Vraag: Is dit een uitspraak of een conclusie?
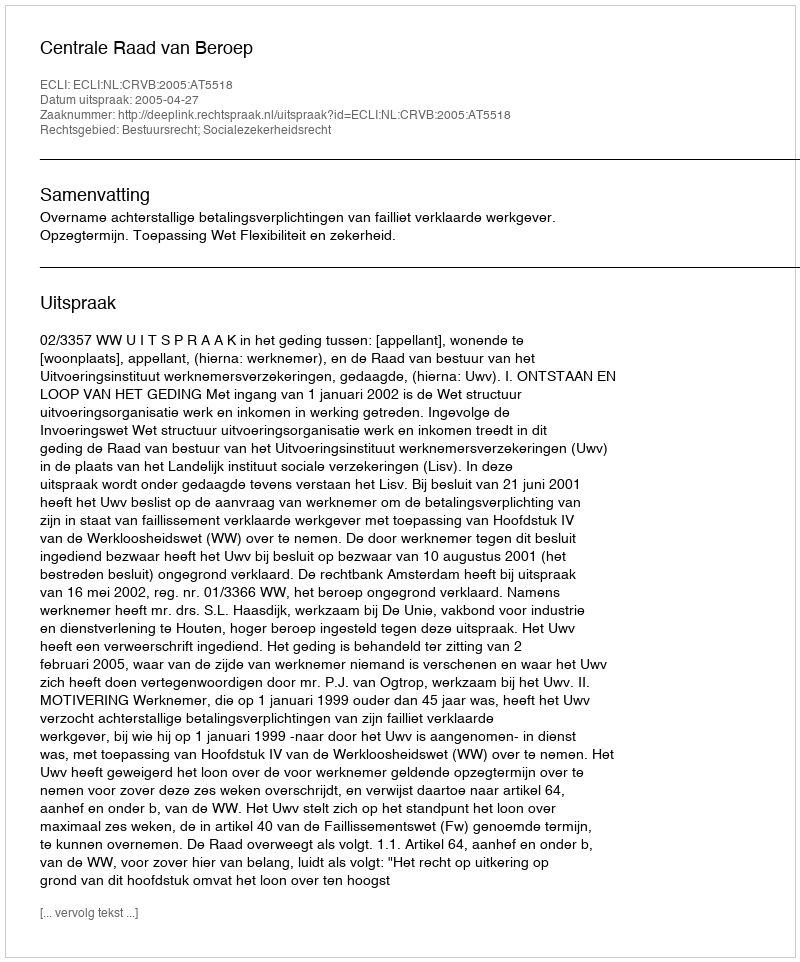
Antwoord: Uitspraak